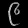
Digit: ၉